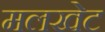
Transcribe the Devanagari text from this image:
मलखेट